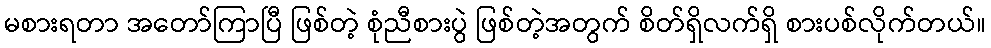
မစားရတာ အတော်ကြာပြီ ဖြစ်တဲ့ စုံညီစားပွဲ ဖြစ်တဲ့အတွက် စိတ်ရှိလက်ရှိ စားပစ်လိုက်တယ်။